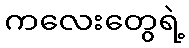
ကလေးတွေရဲ့